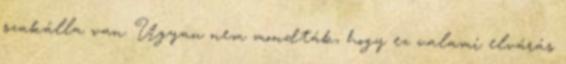
szakálla van. Ugyan nem mondták, hogy ez valami elvárás